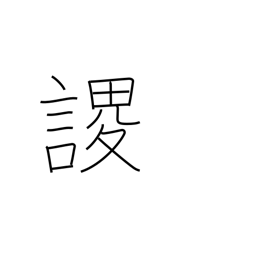
Meaning: arise